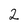
Character: 2